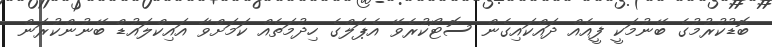
ބޮޑުކުރުމުގެ ބޭނުމަކީ ފީއެއް ދައްކައިގެން ސޮޓޯކުރެވޭ އެޕަލްގެ ހިދުމަތެއް ކަމަށްވާ އައިކްލައުޑް ބޭނުންކުރަން